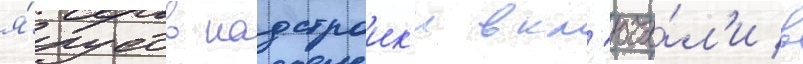
я́русов надстроик'и вкл'юча́л'и в